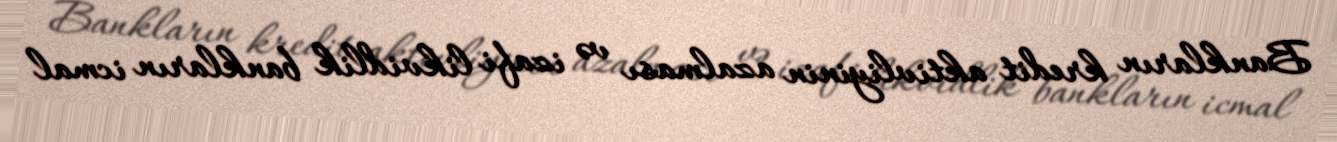
Bankların kredit aktivliyinin azalması və izafi likvidlik bankların icmal